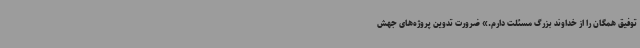
توفیق همگان را از خداوند بزرگ مسئلت دارم.» ضرورت تدوین پروژه‌های جهش